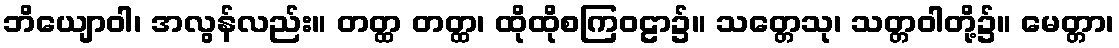
ဘိယျောဝါ၊ အလွန်လည်း။ တတ္ထ တတ္ထ၊ ထိုထိုစကြဝဠာ၌။ သတ္တေသု၊ သတ္တဝါတို့၌။ မေတ္တာ၊